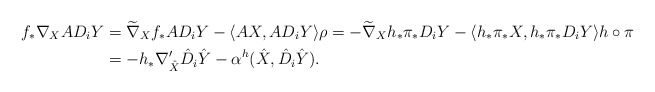
\begin{align*} f_{*}\nabla_X AD_iY&=\widetilde{\nabla}_X f_{*}AD_iY -\langle AX,AD_iY\rangle \rho=-\widetilde{\nabla}_X h_{*}\pi_{*}D_i Y-\langle h_{*}\pi_{*}X,h_{*}\pi_{*} D_iY\rangle h\circ\pi\\ &=-h_{*}\nabla'_{\hat{X}}\hat{D}_i\hat{Y}-\alpha^h(\hat{X},\hat{D}_i\hat{Y}). \end{align*}